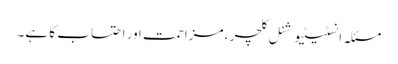
مسئلہ انسٹیٹیوشنل کلچر ، مزاحمت اور احتساب کا ہے۔